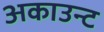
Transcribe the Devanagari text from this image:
अकाउन्ट